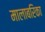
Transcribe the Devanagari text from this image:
मालाबरिका